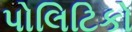
પોલિટિકો